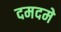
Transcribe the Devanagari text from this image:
दमदमे